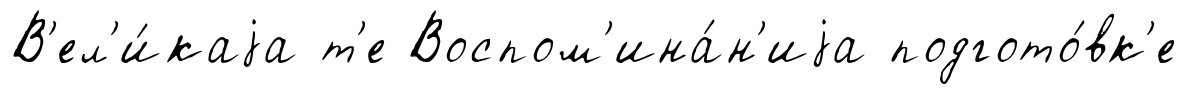
В'ел'и́каjа т'е Воспом'ина́н'иjа подгото́вк'е